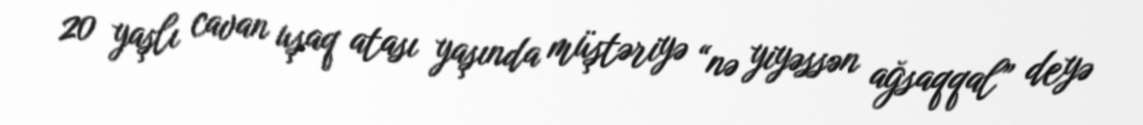
20 yaşlı cavan uşaq atası yaşında müştəriyə “nə yiyəssən ağsaqqal” deyə